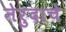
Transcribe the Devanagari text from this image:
नेरुदाचे